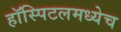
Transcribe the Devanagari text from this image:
हॉस्पिटलमध्येच